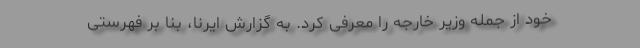
خود از جمله وزیر خارجه را معرفی کرد. به گزارش ایرنا، بنا بر فهرستی